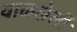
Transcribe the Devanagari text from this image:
वाळलेलीं